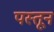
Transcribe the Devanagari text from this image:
पस्तून